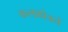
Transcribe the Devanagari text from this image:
कलाक्षेत्रने